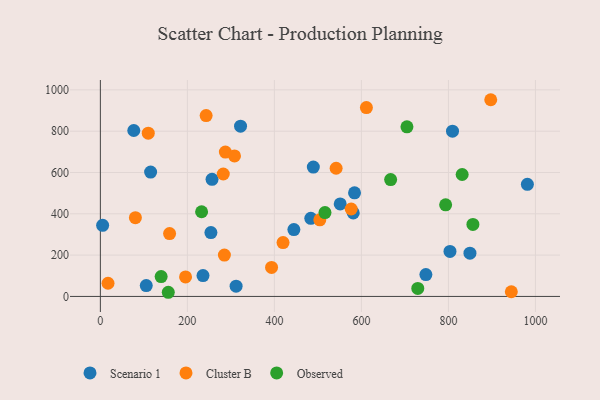
{"axis": {"x": "Ad Spend", "y": "Yield"}, "legend": ["Cluster B", "Observed", "Scenario 1"], "data": [{"x": "809.4", "y": 799.9, "type": "Scenario 1"}, {"x": "483.7", "y": 378.0, "type": "Scenario 1"}, {"x": "256.7", "y": 567.0, "type": "Scenario 1"}, {"x": "584.2", "y": 501.4, "type": "Scenario 1"}, {"x": "322.2", "y": 824.1, "type": "Scenario 1"}, {"x": "489.5", "y": 626.2, "type": "Scenario 1"}, {"x": "849.5", "y": 209.6, "type": "Scenario 1"}, {"x": "235.9", "y": 101.0, "type": "Scenario 1"}, {"x": "254.1", "y": 309.0, "type": "Scenario 1"}, {"x": "444.8", "y": 323.8, "type": "Scenario 1"}, {"x": "105.5", "y": 52.7, "type": "Scenario 1"}, {"x": "115.5", "y": 602.0, "type": "Scenario 1"}, {"x": "551.3", "y": 448.0, "type": "Scenario 1"}, {"x": "981.5", "y": 542.7, "type": "Scenario 1"}, {"x": "312.0", "y": 49.5, "type": "Scenario 1"}, {"x": "5.2", "y": 344.2, "type": "Scenario 1"}, {"x": "581.3", "y": 404.1, "type": "Scenario 1"}, {"x": "76.8", "y": 803.3, "type": "Scenario 1"}, {"x": "803.6", "y": 217.9, "type": "Scenario 1"}, {"x": "748.2", "y": 105.7, "type": "Scenario 1"}, {"x": "285.1", "y": 200.3, "type": "Cluster B"}, {"x": "159.1", "y": 304.3, "type": "Cluster B"}, {"x": "576.5", "y": 423.2, "type": "Cluster B"}, {"x": "243.1", "y": 875.5, "type": "Cluster B"}, {"x": "541.9", "y": 620.6, "type": "Cluster B"}, {"x": "282.5", "y": 592.7, "type": "Cluster B"}, {"x": "287.3", "y": 699.0, "type": "Cluster B"}, {"x": "944.6", "y": 22.6, "type": "Cluster B"}, {"x": "80.5", "y": 381.2, "type": "Cluster B"}, {"x": "17.6", "y": 63.9, "type": "Cluster B"}, {"x": "897.3", "y": 952.4, "type": "Cluster B"}, {"x": "504.4", "y": 370.9, "type": "Cluster B"}, {"x": "110.1", "y": 790.4, "type": "Cluster B"}, {"x": "195.8", "y": 94.6, "type": "Cluster B"}, {"x": "393.5", "y": 140.2, "type": "Cluster B"}, {"x": "308.3", "y": 680.4, "type": "Cluster B"}, {"x": "419.9", "y": 260.7, "type": "Cluster B"}, {"x": "611.5", "y": 914.5, "type": "Cluster B"}, {"x": "232.7", "y": 409.9, "type": "Observed"}, {"x": "667.2", "y": 565.9, "type": "Observed"}, {"x": "729.6", "y": 38.8, "type": "Observed"}, {"x": "831.6", "y": 590.4, "type": "Observed"}, {"x": "856.3", "y": 348.7, "type": "Observed"}, {"x": "156.1", "y": 20.1, "type": "Observed"}, {"x": "793.6", "y": 443.7, "type": "Observed"}, {"x": "704.7", "y": 821.3, "type": "Observed"}, {"x": "139.7", "y": 95.9, "type": "Observed"}, {"x": "516.3", "y": 406.1, "type": "Observed"}]}